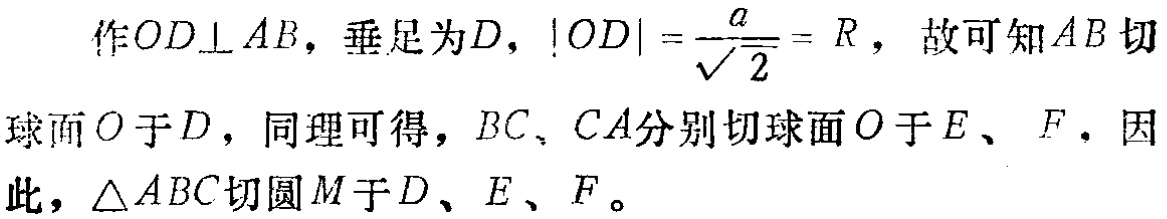
作$OD\perp AB$，垂足为$D$，$|OD| = \frac{a}{\sqrt{2}} = R$，故可知$AB$切球面$O$于$D$，同理可得，$BC$、$CA$分别切球面$O$于$E$、$F$．因此，$\triangle ABC$切圆$M$于$D$、$E$、$F$。